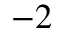
^ { - 2 }